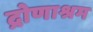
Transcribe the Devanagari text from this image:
द्रोणाश्रम